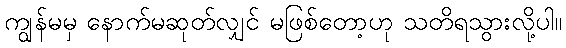
ကျွန်မမှ နောက်မဆုတ်လျှင် မဖြစ်တော့ဟု သတိရသွားလို့ပါ။